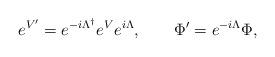
LaTeX: \begin{align*}e^{V'}=e^{-i\Lambda^\dagger}e^Ve^{i\Lambda}, \qquad\Phi'=e^{-i\Lambda}\Phi,\end{align*}